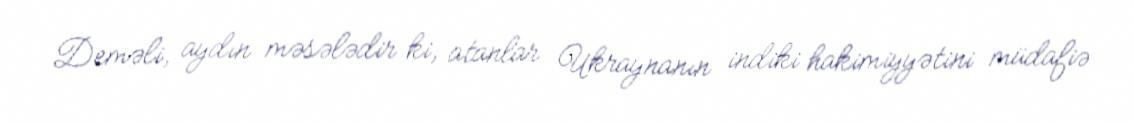
Deməli, aydın məsələdir ki, atanlar Ukraynanın indiki hakimiyyətini müdafiə